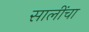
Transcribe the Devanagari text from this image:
सालींचा